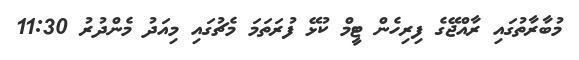
މުބާރާތުގައި ރާއްޖޭގެ ފިރިހެން ޓީމް ކުޅޭ ފުރަތަމަ މެޗުގައި މިއަދު މެންދުރު 11:30